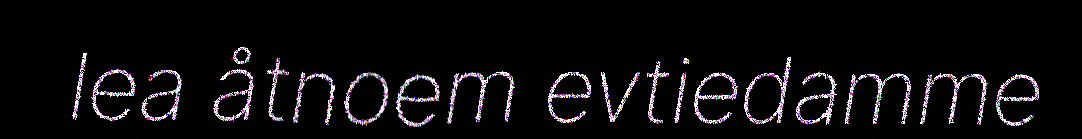
lea åtnoem evtiedamme